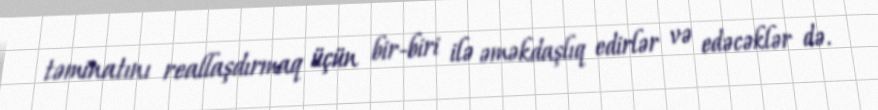
təminatını reallaşdırmaq üçün bir-biri ilə əməkdaşlıq edirlər və edəcəklər də.